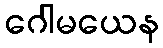
ဂေါမယေန